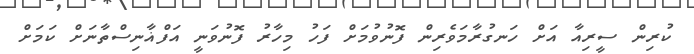
ކުރިން ސީރިއާ އަށް ހަނގުރާމަވެރިން ފޮނުވުމަށް ފަހު މިހާރު ފޮނުވަނީ އަފްޣާނިސްތާނަށް ކަމަށް